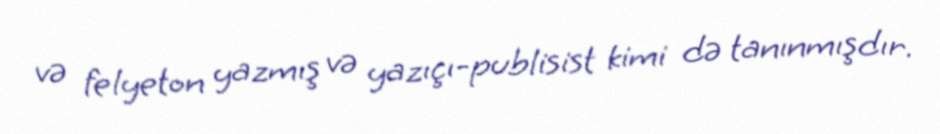
və felyeton yazmış və yazıçı-publisist kimi də tanınmışdır.